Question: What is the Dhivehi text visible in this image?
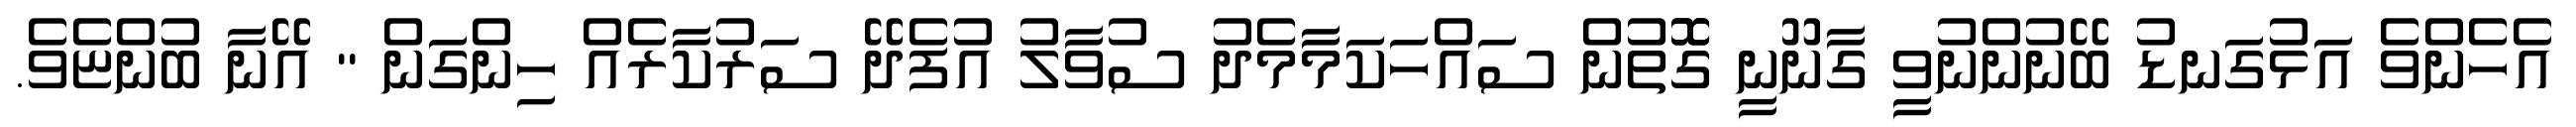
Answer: އެހެންވެ އަޅުގަނޑު ބޭނުންނުވީ ގާނޫނީ ގޮޮތުން ސައްހަކަމާމެދު ސުވާލު އުފެދޭ ސަރުކާރެއް ހިންގަން " އޭނާ ބުންޏެވެ.